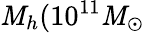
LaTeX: \mathit{M}_{h}(10^{11}\mathit{M}_{\odot}